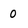
Character: 0